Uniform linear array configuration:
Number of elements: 12
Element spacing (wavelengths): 0.25
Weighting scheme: binomial
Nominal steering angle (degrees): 30
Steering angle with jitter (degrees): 28.574
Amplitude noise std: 0.05
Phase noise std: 0.05

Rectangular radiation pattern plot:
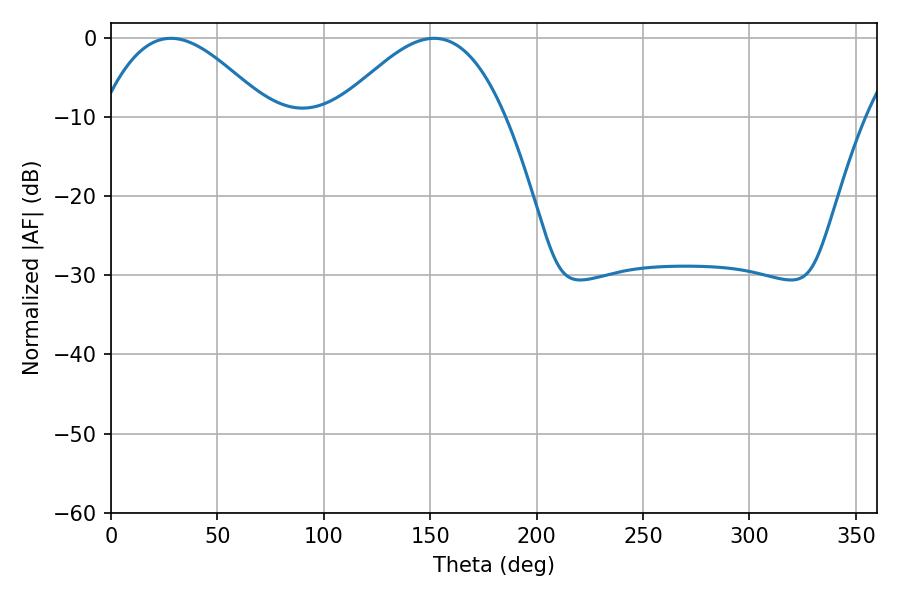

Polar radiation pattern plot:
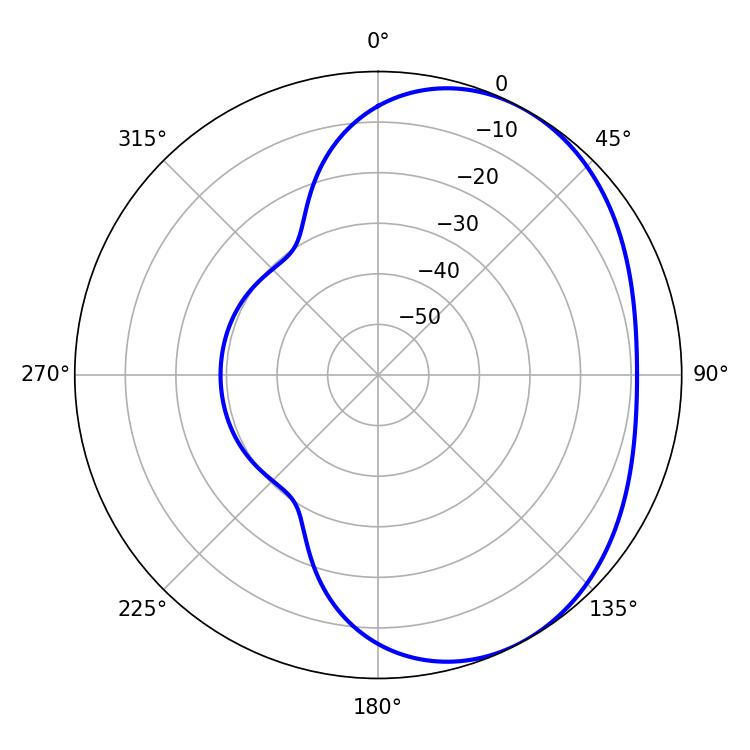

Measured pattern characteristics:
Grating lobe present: FALSE
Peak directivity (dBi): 3.574
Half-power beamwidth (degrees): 42.84
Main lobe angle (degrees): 28.08